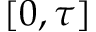
[ 0 , \tau ]